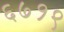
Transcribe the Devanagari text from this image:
६७१९